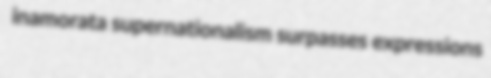
inamorata supernationalism surpasses expressions